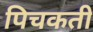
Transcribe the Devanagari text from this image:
पिचकती